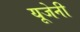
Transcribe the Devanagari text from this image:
यूजेनी